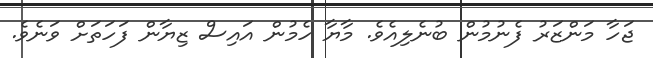
ޖަހާ މަންޒަރު ފެނުމުން ބުނެލިއެވެ. މާޔާ ހެމުން އައިސް ޒިޔާން ފަހަތަށް ވަނެވެ.